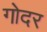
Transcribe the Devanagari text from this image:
गोदर